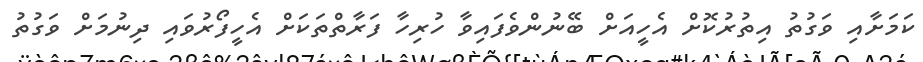
ކަމަށާއި ވަގުތު އިތުރުކޮށް އެހީއަށް ބޭނުންވެފައިވާ ހުރިހާ ފަރާތްތަކަށް އެހީފޯރުވައި ދިނުމަށް ވަގުތު